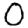
Digit: 0